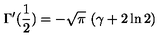
\Gamma ^ { \prime } ( { \frac { 1 } { 2 } } ) = - \sqrt { \pi } \ ( \gamma + 2 \ln 2 )